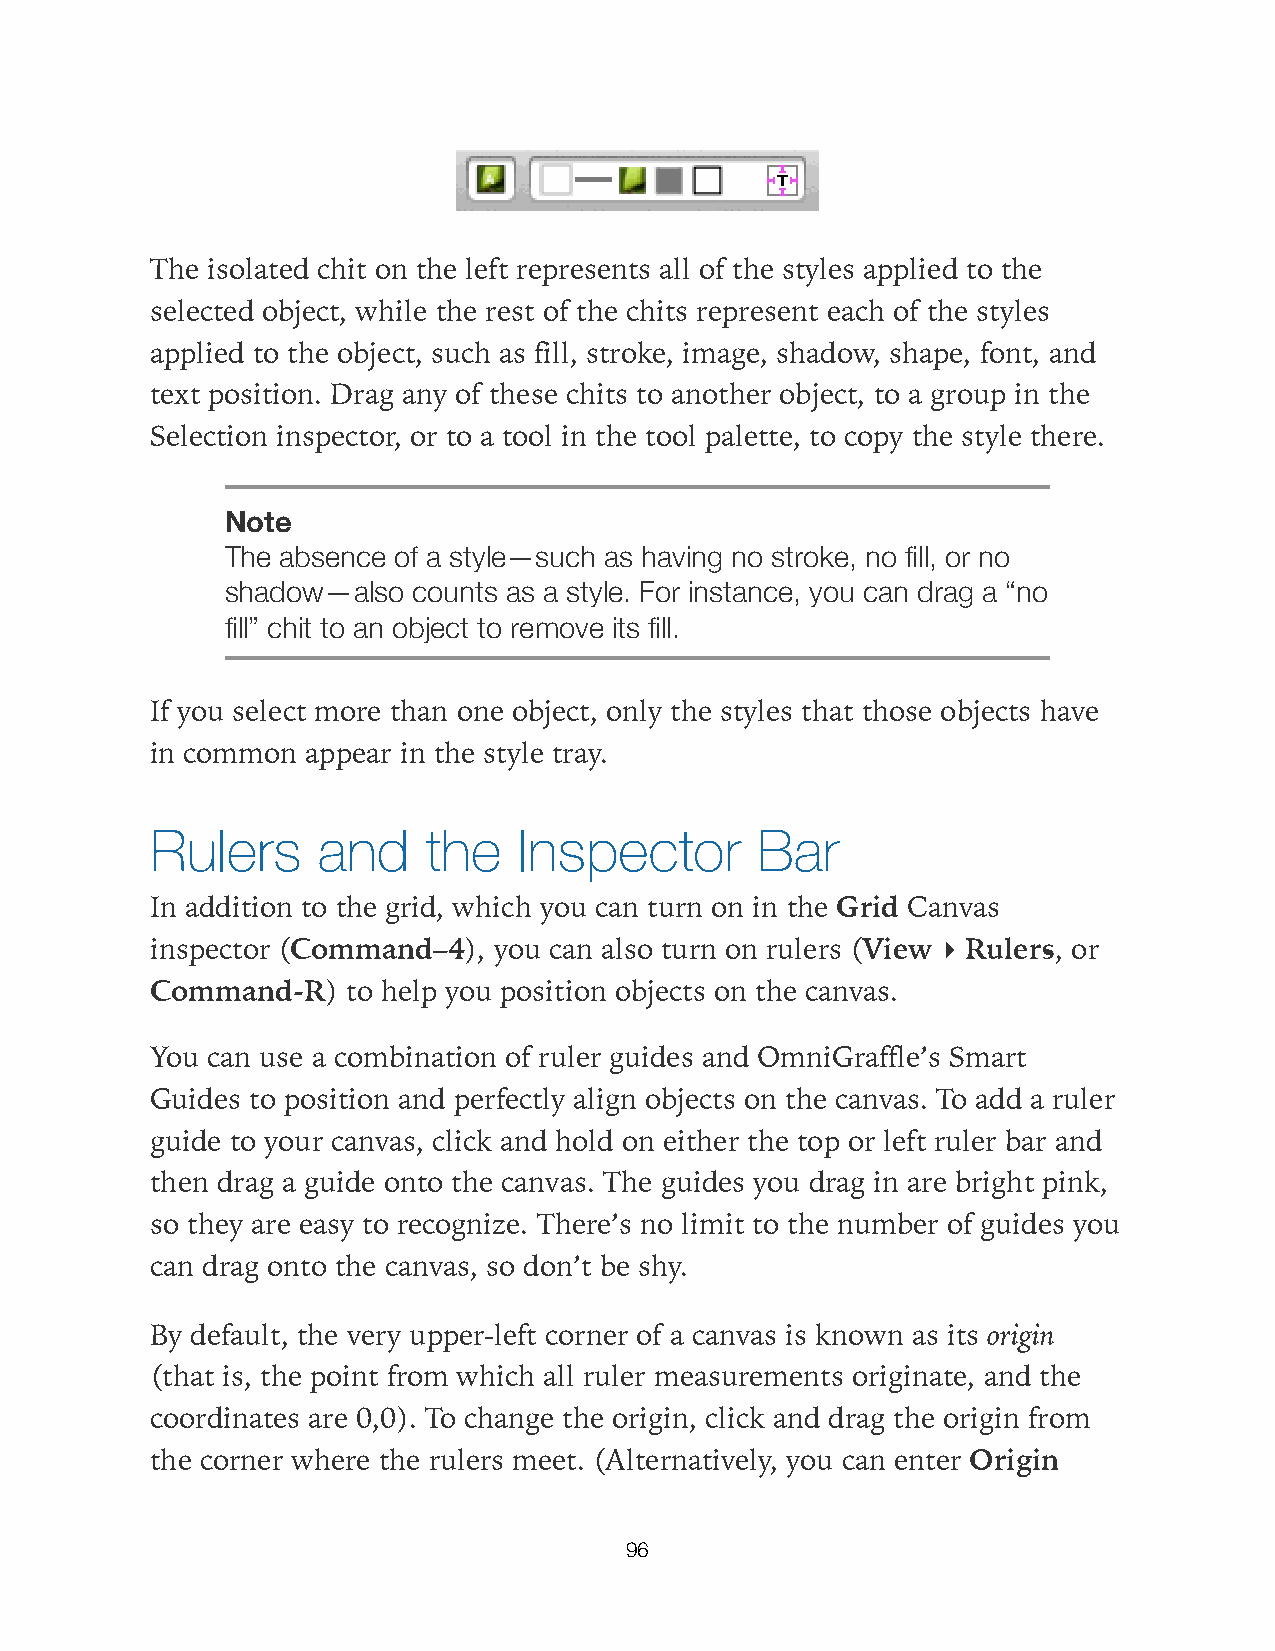
The isolated chit on the left represents all of the styles applied to the
 selected object, while the rest of the chits represent each of the styles
 applied to the object, such as fill, stroke, image, shadow, shape, font, and
 text position. Drag any of these chits to another object, to a group in the
 Selection inspector, or to a tool in the tool palette, to copy the style there.
 Note
 The absence of a style—such as having no stroke, no fill, or no
 shadow—also counts as a style. For instance, you can drag a “no
 fill” chit to an object to remove its fill.
 If you select more than one object, only the styles that those objects have
 in common appear in the style tray.
 Rulers     and    the   Inspector       Bar
 In addition to the grid, which you can turn on in the Grid Canvas
 inspector (Command–4), you can also turn on rulers (View ▸ Rulers, or
 Command-R)   to help you position objects on the canvas.
 You can use a combination of ruler guides and OmniGraffle’s Smart
 Guides to position and perfectly align objects on the canvas. To add a ruler
 guide to your canvas, click and hold on either the top or left ruler bar and
 then drag a guide onto the canvas. The guides you drag in are bright pink,
 so they are easy to recognize. There’s no limit to the number of guides you
 can drag onto the canvas, so don’t be shy.
 By default, the very upper-left corner of a canvas is known as its origin
 (that is, the point from which all ruler measurements originate, and the
 coordinates are 0,0). To change the origin, click and drag the origin from
 the corner where the rulers meet. (Alternatively, you can enter Origin
 96